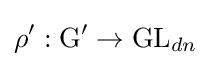
\rho ':\mathrm {G} '\to \mathrm {GL} _{dn}